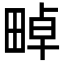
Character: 𤲤